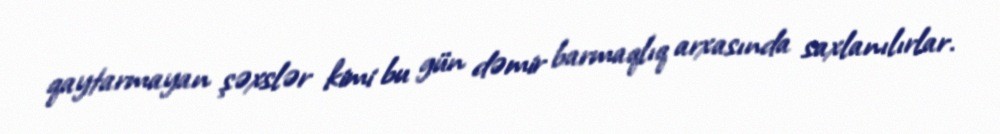
qaytarmayan şəxslər kimi bu gün dəmir barmaqlıq arxasında saxlanılırlar.